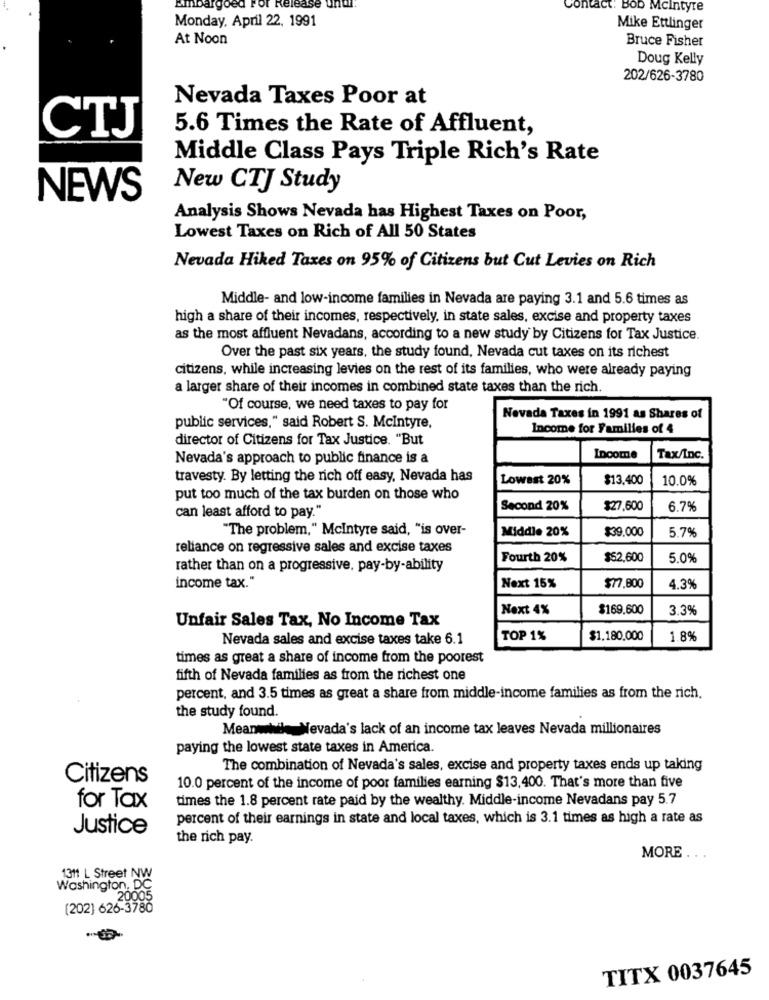
lease
Contact: Bob Mcintyre
Monday, April 22, 1991
Mike Ettlinger
At Noon
Bruce Fisher
Doug Kelly
202/626-3780
Nevada Taxes Poor at
CTJ
5.6 Times the Rate of Affluent,
Middle Class Pays Triple Rich's Rate
New CTJ Study
NEWS
Analysis Shows Nevada has Highest Taxes on Poor,
Lowest Taxes on Rich of All 50 States
Nevada Hiked Taxes on 95% of Citizens but Cut Levies on Rich
Middle- and low-income families in Nevada are paying 3.1 and 5.6 times as
high a share of their incomes, respectively, in state sales, excise and property taxes
as the most affluent Nevadans, according to a new study by Citizens for Tax Justice.
Over the past six years, the study found, Nevada cut taxes on its richest
citizens, while increasing levies on the rest of its families, who were already paying
a larger share of their incomes in combined state taxes than the rich.
"Of course, we need taxes to pay for
Nevada Taxes in 1991 as Shares of
public services," said Robert S. Mcintyre,
Income for Families of 4
director of Citizens for Tax Justice. "But
Nevada's approach to public finance is a
Income
Tax/Inc.
travesty. By letting the rich off easy, Nevada has
Lowest 20%
$13.400
10.0%
put too much of the tax burden on those who
Second 20%
$27,600
6.7%
can least afford to pay."
"The problem," Mcintyre said, "is over-
Middle 20%
$39.000
5.7%
reliance on regressive sales and excise taxes
Fourth 20%
$52,600
5.0%
rather than on a progressive, pay-by-ability
income tax."
Next 15%
$77,800
4.3%
Next 4%
$169.600
3.3%
Unfair Sales Tax, No Income Tax
Nevada sales and excise taxes take 6.1
TOP 1%
$1.180,000
1.8%
times as great a share of income from the poorest
fifth of Nevada families as from the richest one
percent, and 3.5 times as great a share from middle-income families as from the rich.
the study found.
Meanwhile Nevada's lack of an income tax leaves Nevada millionaires
paying the lowest state taxes in America.
The combination of Nevada's sales, excise and property taxes ends up taking
Citizens
10.0 percent of the income of poor families earning $13,400. That's more than five
times the 1.8 percent rate paid by the wealthy. Middle-income Nevadans pay 5.7
for Tax
percent of their earnings in state and local taxes, which is 3.1 times as high a rate as
Justice
the rich pay.
MORE
1311 L Street NW
Washington, DC
20005
(202) 626-3780
TITX 0037645